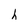
Character: h